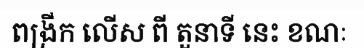
ពង្រីក លើស ពី តួនាទី នេះ ខណៈ